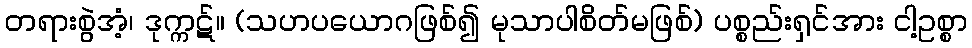
တရားစွဲအံ့၊ ဒုက္ကဋ်။ (သဟပယောဂဖြစ်၍ မုသာပါစိတ်မဖြစ်) ပစ္စည်းရှင်အား ငါ့ဥစ္စာ